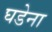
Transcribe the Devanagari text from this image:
घडेना